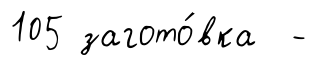
105 загото́вка -